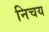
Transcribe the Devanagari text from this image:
निचय